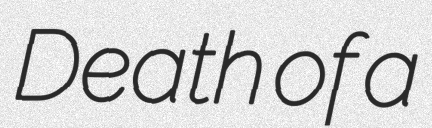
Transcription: Death of a